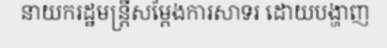
នាយករដ្ឋមន្ត្រីសម្តែងការសាទរ ដោយបង្ហាញ